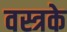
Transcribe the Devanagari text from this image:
वस्त्रके